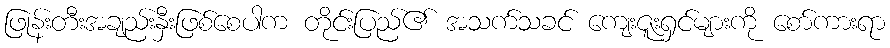
ဖြုန်းတီးအချည်းနှီးဖြစ်စေပါက တိုင်းပြည်၏ အသက်သခင် ကျေးဇူးရှင်များကို စော်ကားရာ